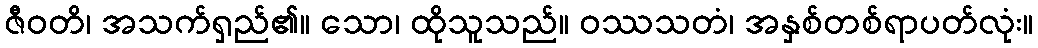
ဇီဝတိ၊ အသက်ရှည်၏။ သော၊ ထိုသူသည်။ ဝဿသတံ၊ အနှစ်တစ်ရာပတ်လုံး။